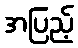
အပြည့်